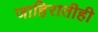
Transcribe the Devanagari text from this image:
जाहिरातीही